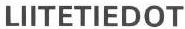
LIITETIEDOT